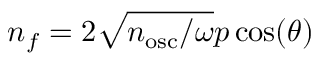
n _ { f } = 2 { \sqrt { n _ { \mathrm { o s c } } / \omega } } p \cos ( \theta )